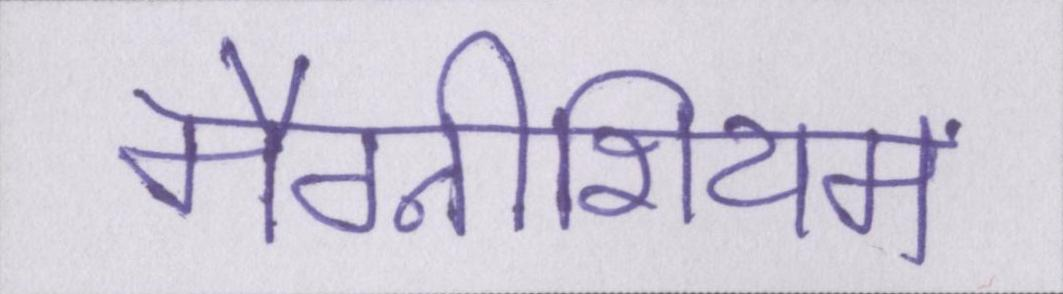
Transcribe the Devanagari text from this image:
मैग्नीशियम